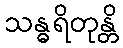
သန္ဓရိတုန္တိ